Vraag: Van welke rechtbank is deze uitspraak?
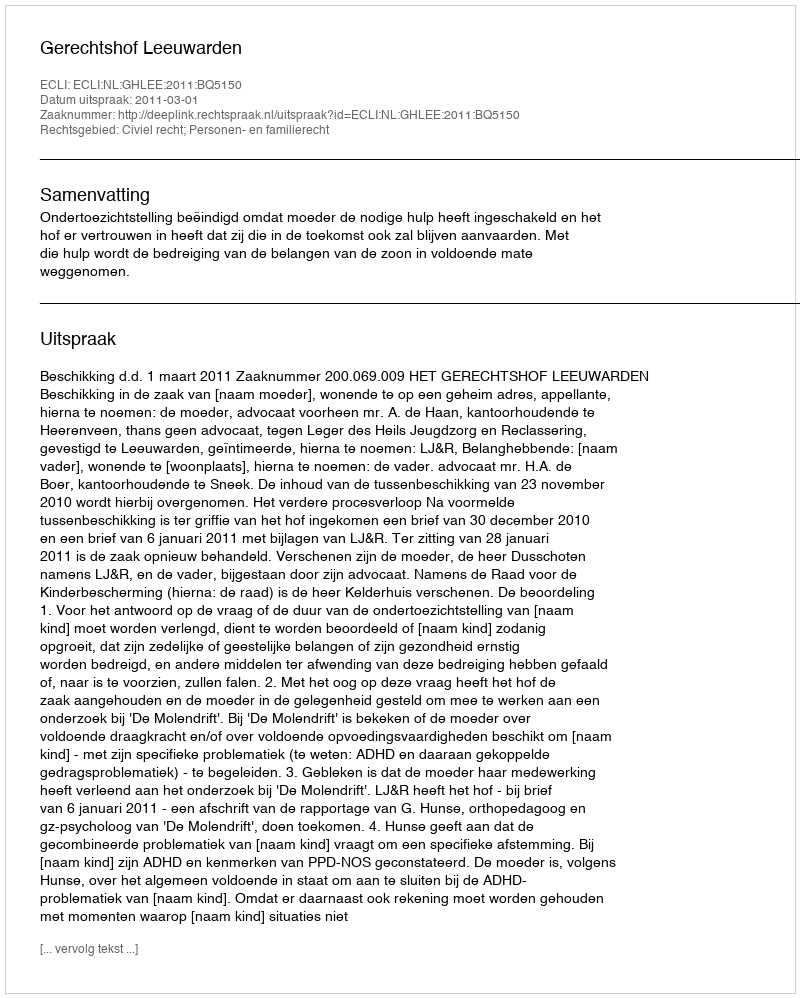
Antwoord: Gerechtshof Leeuwarden